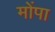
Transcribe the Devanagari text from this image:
मोंपा